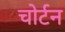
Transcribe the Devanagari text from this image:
चोर्टन